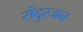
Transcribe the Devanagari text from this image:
सेंदुरजन